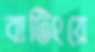
বাটিংয়ে